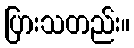
ပြားသတည်း။